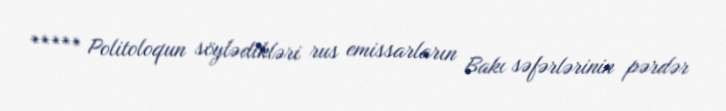
***** Politoloqun söylədikləri rus emissarların Bakı səfərlərinin pərdər